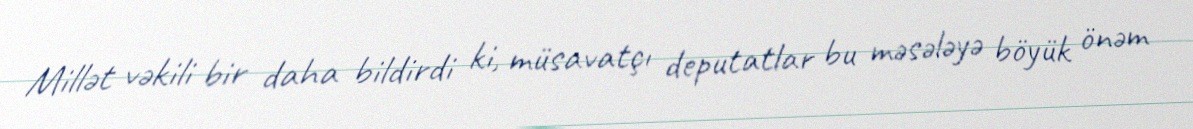
Millət vəkili bir daha bildirdi ki, müsavatçı deputatlar bu məsələyə böyük önəm